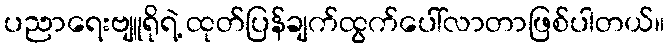
ပညာရေးဗျူရိုရဲ့ ထုတ်ပြန်ချက်ထွက်ပေါ်လာတာဖြစ်ပါတယ်။